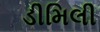
ડીમિલી